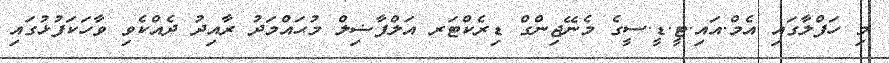
މި ހަފްލާގައި އެމް.އައި.ޓީ.ޑީ.ސީގެ މެނޭޖިންގް ޑިރެކްޓަރ އަލްފާޟިލް މުޙައްމަދު ރާއިދު ދެއްކެވި ވާހަކަފުޅުގައި